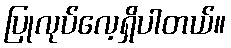
ပြုလုပ်လေ့ရှိပါတယ်။